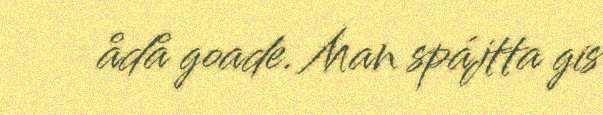
ådå goade. Man spájtta gis